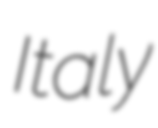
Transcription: Italy